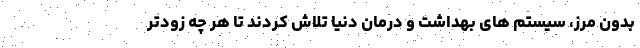
بدون مرز، سیستم های بهداشت و درمان دنیا تلاش کردند تا هر چه زودتر